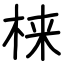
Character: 梾